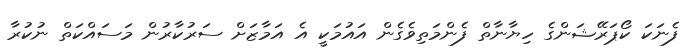
ފެނަކަ ކޯޕަރޭޝަންގެ ހިޔާނާތް ފެންމަތިވެގެން އައުމަކީ އެ އަމާޒަށް ސަރުކާރުން މަސައްކަތް ނުކުރާ